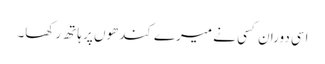
اسی دوران کسی نے میرے کندھوں پر ہاتھ رکھا۔